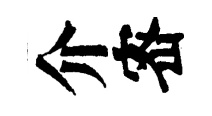
介宻